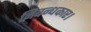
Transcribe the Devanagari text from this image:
निबन्धकार।